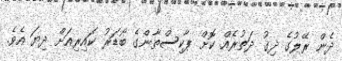
ދެން ރޭލުގެ ދިގު ދަަތުރެއް ކޮށް ޕާކިސްތާންގެ ބޯޑަރު ކައިރިއަށް ދިޔަ އެވެ.